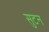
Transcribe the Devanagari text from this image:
सुटन